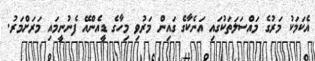
އެކަމަކު މަރުގެ މައްސަލަތަކުގައި އަނެކާގެ ގައިން މަރުވި މިހާގެ ޑީއެންއޭ ފެނުނީމައި މަރަށްމަރު.